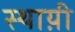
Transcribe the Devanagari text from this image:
स्थाय़ी